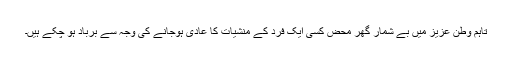
تاہم وطن عزیز میں بے شمار گھر محض کسی ایک فرد کے منشیات کا عادی ہوجانے کی وجہ سے برباد ہو چکے ہیں۔